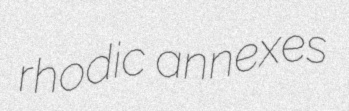
rhodic annexes